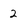
Character: 2